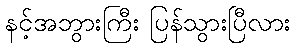
နင့်အဘွားကြီး ပြန်သွားပြီလား